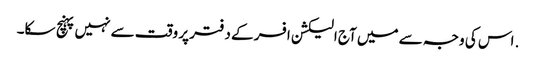
. اس کی وجہ سے میں آج الیکشن افسر کے دفتر پر وقت سے نہیں پہنچ سکا۔